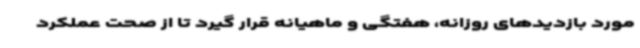
مورد بازدیدهای روزانه، هفتگی و ماهیانه قرار گیرد تا از صحت عملکرد